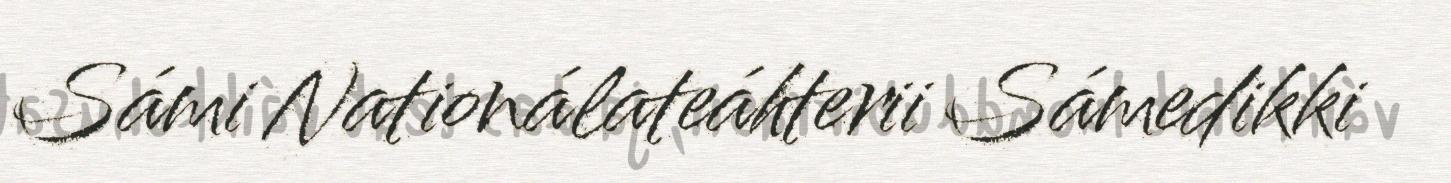
Sámi Nationálateáhterii Sámedikki